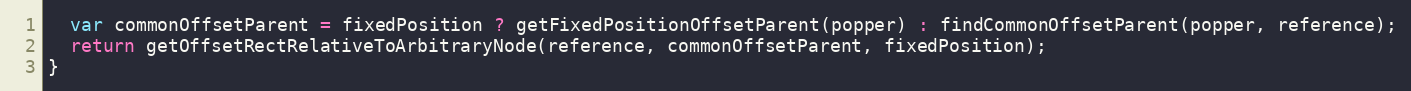
Language: JavaScript
  var commonOffsetParent = fixedPosition ? getFixedPositionOffsetParent(popper) : findCommonOffsetParent(popper, reference);
  return getOffsetRectRelativeToArbitraryNode(reference, commonOffsetParent, fixedPosition);
}